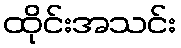
ထိုင်းအသင်း